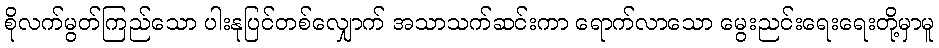
စိုလက်မွတ်ကြည်သော ပါးနုပြင်တစ်လျှောက် အသာသက်ဆင်းကာ ရောက်လာသော မွေးညင်းရေးရေးတို့မှာမူ